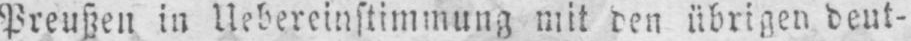
Preußen in Uebereinstimmung mit den übrigen deut-